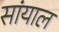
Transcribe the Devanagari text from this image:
सांयाल